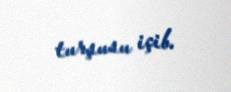
turşusu içib.